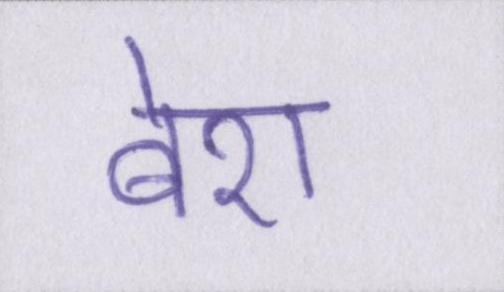
बेश